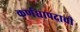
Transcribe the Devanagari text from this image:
कर्णधापदाची